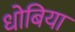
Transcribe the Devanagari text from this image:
धोबिया